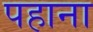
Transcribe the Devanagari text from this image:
पहाना